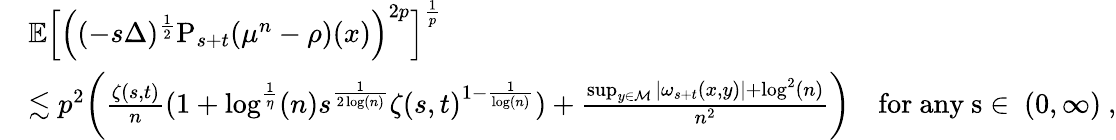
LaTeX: \begin{array}{rl}&{\mathbb{E}\Big[\Big((-s\Delta)^{\frac{1}{2}}\mathrm{P}_{s+t}(\mu^{n}-\rho)(x)\Big)^{2p}\Big]^{\frac{1}{p}}}\\ &{\lesssim p^{2}\bigg(\frac{\zeta(s,t)}{n}(1+\log^{\frac{1}{\eta}}(n)s^{\frac{1}{2\log(n)}}\zeta(s,t)^{1-\frac{1}{\log(n)}})+\frac{\operatorname*{sup}_{y\in\mathcal{M}}\vert\omega_{s+t}(x,y)\vert+\log^{2}(n)}{n^{2}}\bigg)\quad\mathrm{for~any~s\in~(0,\infty)~,}}\end{array}